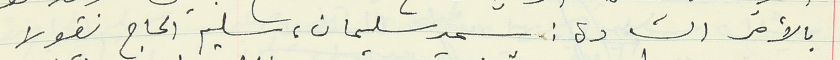
بالأمر السادة : سمير سليمان، سليم الحاج نقولا